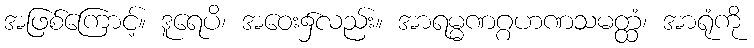
အဖြစ်ကြောင့်။ ဒူရေပိ၊ အဝေး၌လည်း။ အာရမ္မဏဂ္ဂဟဏသမတ္ထံ၊ အာရုံကို